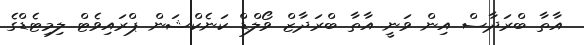
އާތާ ބްރަދާސް އިން ވަނީ އާތާ ބްރަދާޒް ވޯލްޑް ކަނެކްޝަން ޕްރައިވެޓް ލިމިޓެޑްގެ